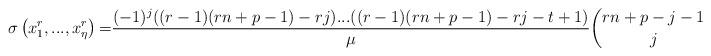
LaTeX: \begin{align*}{\small \sigma }\left( x_{1}^{r},...,x_{\eta }^{r}\right) {\small =}\frac{(-1)^{j}((r-1)(rn+p-1)-rj)...((r-1)(rn+p-1)-rj-t+1)}{\mu }\binom{rn+p-j-1}{j}_{r}{\small .} \end{align*}